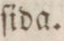
ſida.